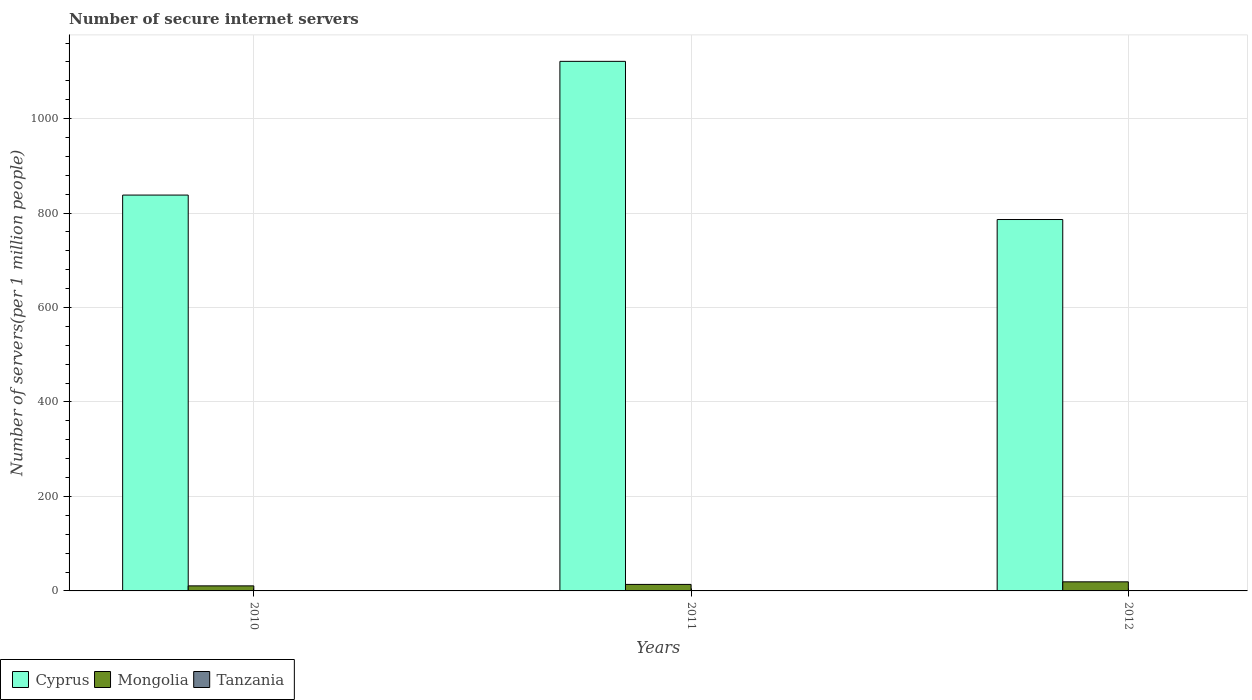
| Years | Cyprus | Mongolia | Tanzania |
 | --- | --- | --- | --- |
 | 2010 | 838 | 10.7 | 0.394 |
 | 2011 | 1.12e+03 | 13.8 | 0.488 |
 | 2012 | 786 | 19.2 | 0.74 |